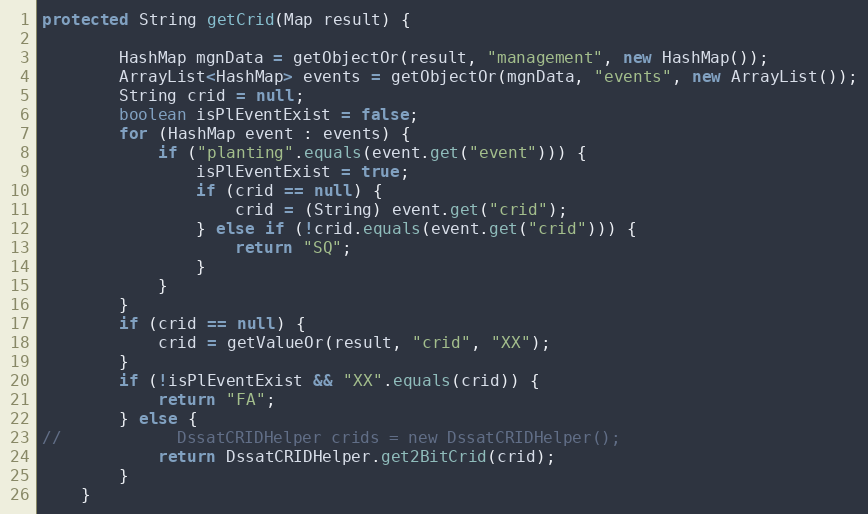
Language: Java
protected String getCrid(Map result) {

        HashMap mgnData = getObjectOr(result, "management", new HashMap());
        ArrayList<HashMap> events = getObjectOr(mgnData, "events", new ArrayList());
        String crid = null;
        boolean isPlEventExist = false;
        for (HashMap event : events) {
            if ("planting".equals(event.get("event"))) {
                isPlEventExist = true;
                if (crid == null) {
                    crid = (String) event.get("crid");
                } else if (!crid.equals(event.get("crid"))) {
                    return "SQ";
                }
            }
        }
        if (crid == null) {
            crid = getValueOr(result, "crid", "XX");
        }
        if (!isPlEventExist && "XX".equals(crid)) {
            return "FA";
        } else {
//            DssatCRIDHelper crids = new DssatCRIDHelper();
            return DssatCRIDHelper.get2BitCrid(crid);
        }
    }